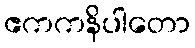
ဧကကနိပါတော